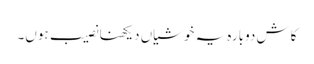
کاش دوبارہ یہ خوشیاں دیکھنا نصیب ہوں۔